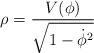
LaTeX: \begin{align*}\rho={V(\phi) \over {\sqrt{1-\dot{\phi}^2}}}\end{align*}